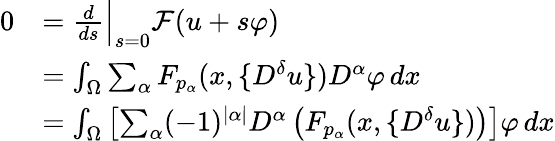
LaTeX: \begin{array}{rl}{0}&{=\frac{d}{ds}\Big|_{s=0}\mathcal F(u+s\varphi)}\\ &{=\int_{\Omega}\sum_{\alpha}F_{p_{\alpha}}(x,\{ D^{\delta}u\} )D^{\alpha}\varphi\, dx}\\ &{=\int_{\Omega}\left[\sum_{\alpha}(-1)^{|\alpha|}D^{\alpha}\left(F_{p_{\alpha}}(x,\{ D^{\delta}u\} )\right)\right]\varphi\, dx}\end{array}